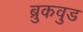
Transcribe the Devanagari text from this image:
ब्रुकवुड